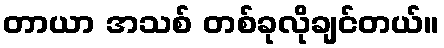
တာယာ အသစ် တစ်ခုလိုချင်တယ်။